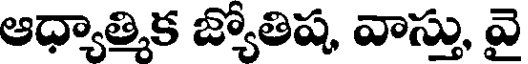
ఆధ్యాత్మిక జ్యోతిష, వాస్తు, వై